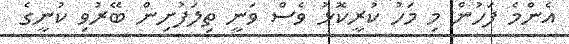
އެންމެ ފަހުން މި މަހު ކުރީކޮޅު ވެސް ވަނީ ތިލަފުށިން ބޭރުވި ކުނީގެ